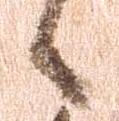
候